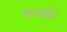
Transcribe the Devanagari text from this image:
जन्मास्ति